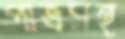
পাত্রসহ